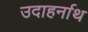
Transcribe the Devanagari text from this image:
उदाहर्नाथ